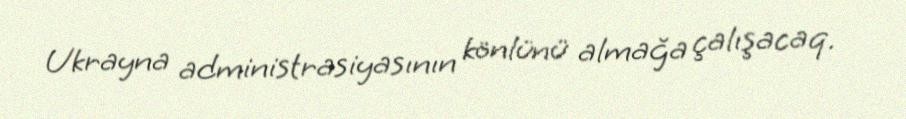
Ukrayna administrasiyasının könlünü almağa çalışacaq.